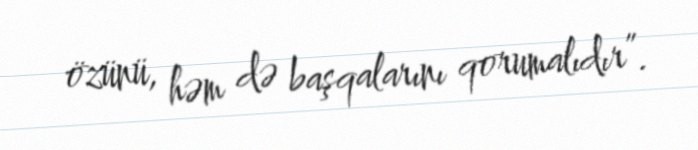
özünü, həm də başqalarını qorumalıdır”.